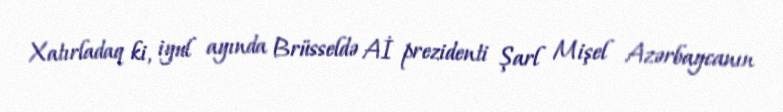
Xatırladaq ki, iyul ayında Brüsseldə Aİ prezidenti Şarl Mişel Azərbaycanın